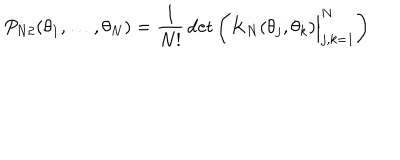
P _ { N 2 } ( \theta _ { 1 } , \ldots , \theta _ { N } ) = { \frac { 1 } { N ! } } \det \left( K _ { N } ( \theta _ { j } , \theta _ { k } ) \Bigr \vert _ { j , k = 1 } ^ { N } \right)